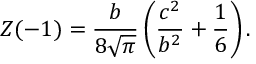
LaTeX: Z ( - 1 ) = \frac { b } { 8 \sqrt { \pi } } \left( \frac { c ^ { 2 } } { b ^ { 2 } } + \frac { 1 } { 6 } \right) .